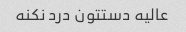
عالیه دستتون درد نکنه